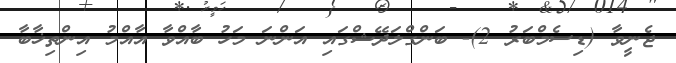
ޖެނީވާ (ޑިސެމްބަރު 2)- ބަންގްލަދޭޝްގައި އަންނަ މަހު ބާއްވާ އާއްމު އިންތިޚާބާ